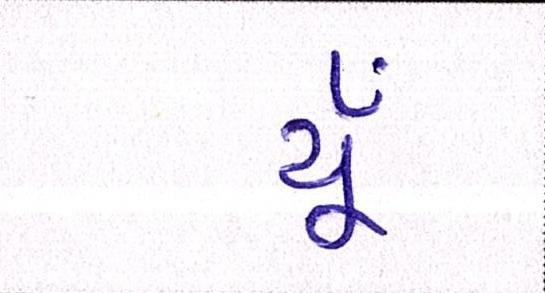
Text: યૂઁ